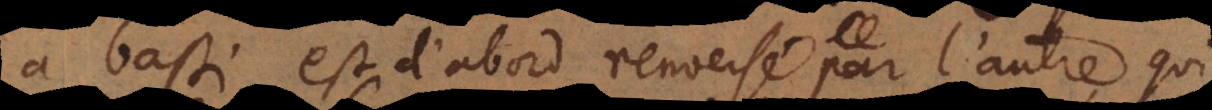
a basti est d’abord renversé par l’autre, qui